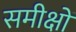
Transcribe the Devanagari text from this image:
समीक्षों